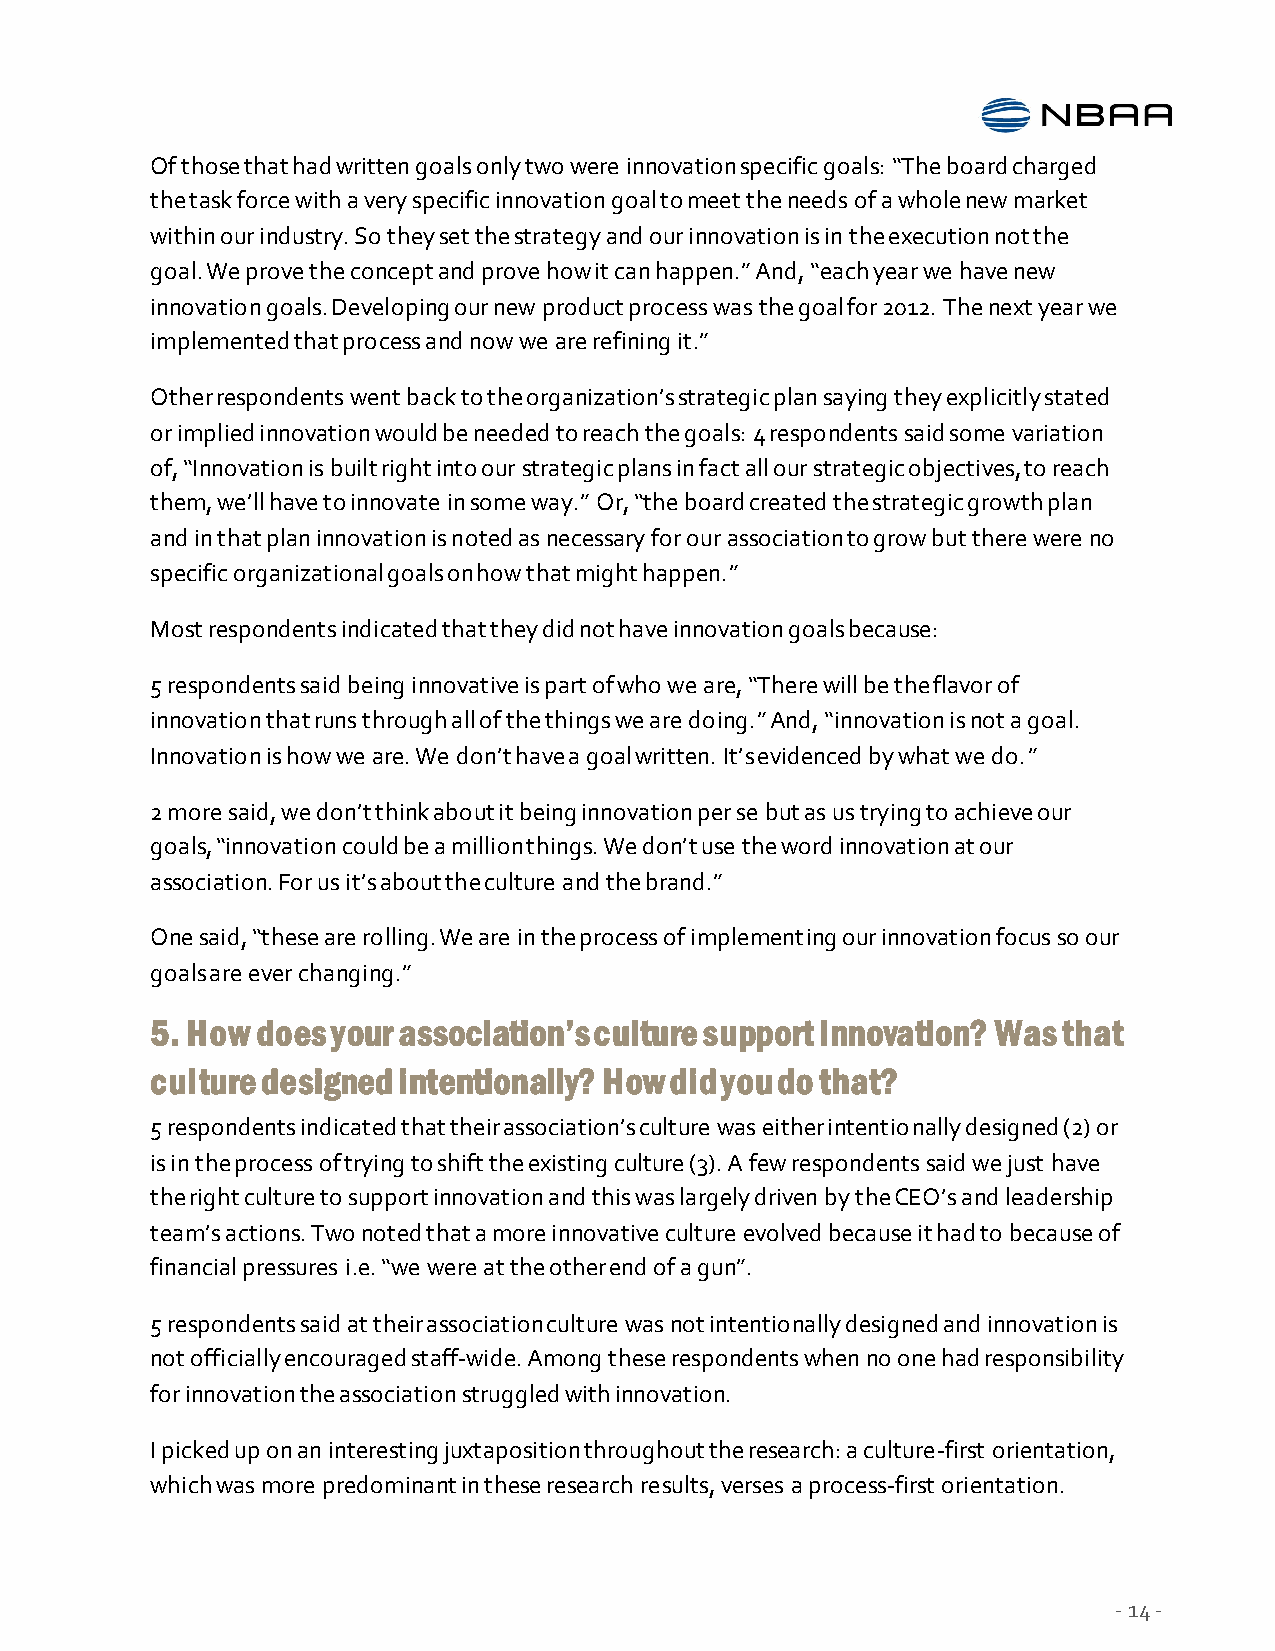
Of those that had written goals only two were innovation specific goals: “The board charged
 the task force with a very specific innovation goal to meet the needs of a whole new market
 within our industry. So they set the strategy and our innovation is in the execution not the
 goal. We prove the concept and prove how it can happen.” And, “each year we have new
 innovation goals. Developing our new product process was the goal for 2012. The next year we
 implemented that process and now we are refining it.”
 Other respondents went back to the organization’s strategic plan saying they explicitly stated
 or implied innovation would be needed to reach the goals: 4 respondents said some variation
 of, “Innovation is built right into our strategic plans in fact all our strategic objectives, to reach
 them, we’ll have to innovate in some way.” Or, “the board created the strategic growth plan
 and in that plan innovation is noted as necessary for our association to grow but there were no
 specific organizational goals on how that might happen.”
 Most respondents indicated that they did not have innovation goals because:
 5 respondents said being innovative is part of who we are, “There will be the flavor of
 innovation that runs through all of the things we are doing.” And, “innovation is not a goal.
 Innovation is how we are. We don’t have a goal written. It’s evidenced by what we do.”
 2 more said, we don’t think about it being innovation per se but as us trying to achieve our
 goals, “innovation could be a million things. We don’t use the word innovation at our
 association. For us it’s about the culture and the brand.”
 One said, “these are rolling. We are in the process of implementing our innovation focus so our
 goals are ever changing.”
 5. How does your association’s culture support innovation? Was that
 culture designed intentionally? How did you do that?
 5 respondents indicated that their association’s culture was either intentionally designed (2) or
 is in the process of trying to shift the existing culture (3). A few respondents said we just have
 the right culture to support innovation and this was largely driven by the CEO’s and leadership
 team’s actions. Two noted that a more innovative culture evolved because it had to because of
 financial pressures i.e. “we were at the other end of a gun”.
 5 respondents said at their association culture was not intentionally designed and innovation is
 not officially encouraged staff-wide. Among these respondents when no one had responsibility
 for innovation the association struggled with innovation.
 I picked up on an interesting juxtaposition throughout the research: a culture-first orientation,
 which was more predominant in these research results, verses a process-first orientation.
 - 14 -